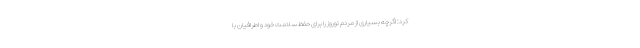
کرد: اگرچه بسیاری از مردم نوروز را برای حفظ سلامت خود و اطرافیان با